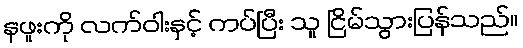
နဖူးကို လက်ဝါးနှင့် ကပ်ပြီး သူ ငြိမ်သွားပြန်သည်။